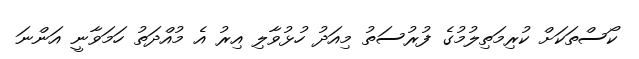
ކޯސްތަކަށް ކުރިމަތިލުމުގެ ފުރުސަތު މިއަދު ހުޅުވާލި އިރު އެ މުއްދަތު ހަމަވާނީ އަންނަ